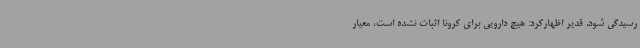
رسیدگی شود. قدیر اظهارکرد: هیچ دارویی برای کرونا اثبات نشده است، معیار